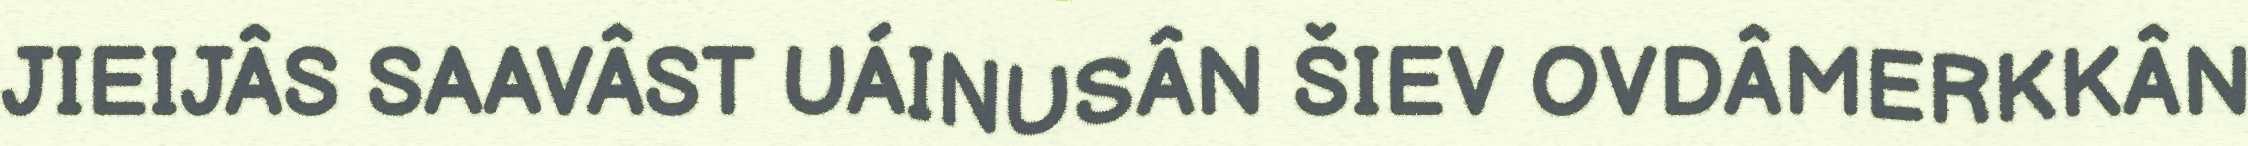
JIEIJÂS SAAVÂST UÁINUSÂN ŠIEV OVDÂMERKKÂN